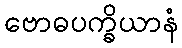
ဗောဓပက္ခိယာနံ